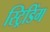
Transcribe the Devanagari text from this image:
स्ट्रिडिंग